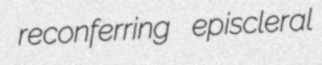
reconferring episcleral